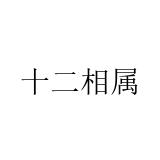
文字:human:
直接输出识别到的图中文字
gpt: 十二相属